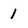
Character: 1